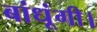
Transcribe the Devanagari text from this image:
बांधूंगी।